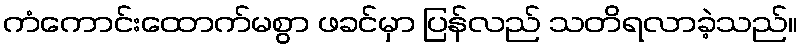
ကံကောင်းထောက်မစွာ ဖခင်မှာ ပြန်လည် သတိရလာခဲ့သည်။